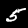
Label: 5